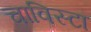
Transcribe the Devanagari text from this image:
चाविस्टा